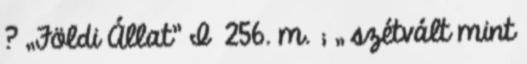
? „Földi Állat” I 256. m. ; „ szétvált mint